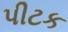
પીટક